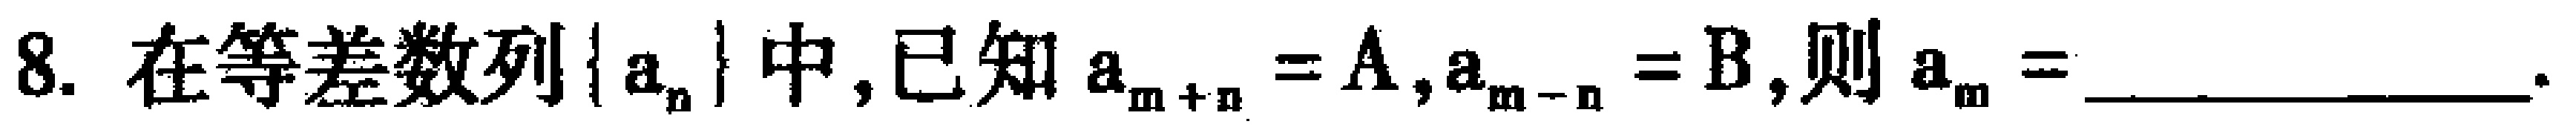
8. 在等差数列\(\{ a_{n}\}\)中,已知\(a_{m + n} = A,a_{m - n} = B\),则\(a_{m} =\)_____________.